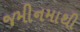
જમીનમાથી